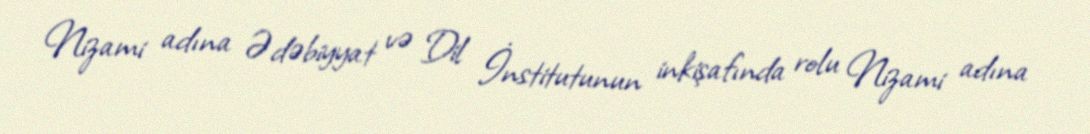
Nizami adına Ədəbiyyat və Dil İnstitutunun inkişafında rolu Nizami adına